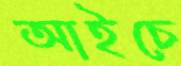
আইচে